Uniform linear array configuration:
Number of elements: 12
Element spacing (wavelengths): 0.5
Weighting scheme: blackman
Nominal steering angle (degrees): -60
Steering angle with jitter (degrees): -60.377
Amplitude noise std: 0.05
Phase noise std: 0.05

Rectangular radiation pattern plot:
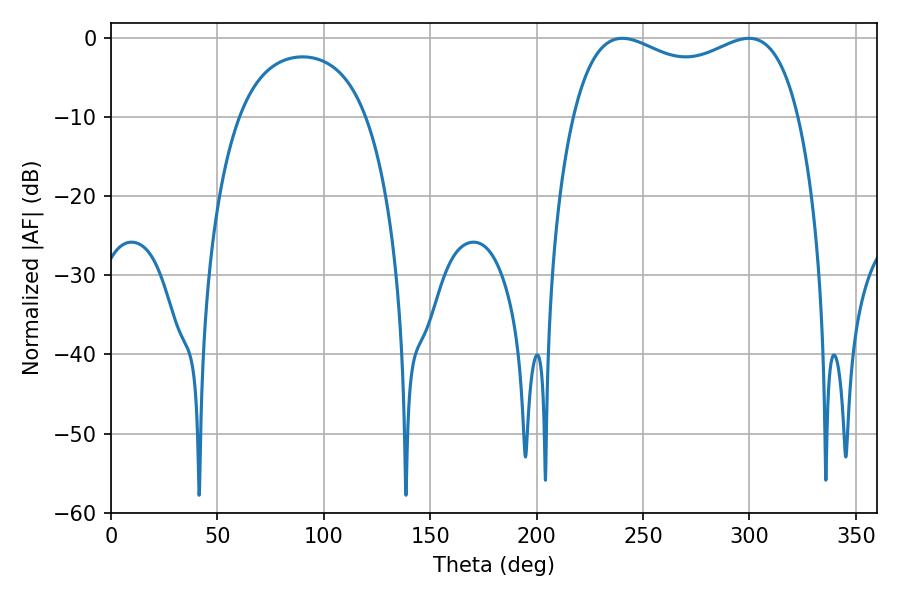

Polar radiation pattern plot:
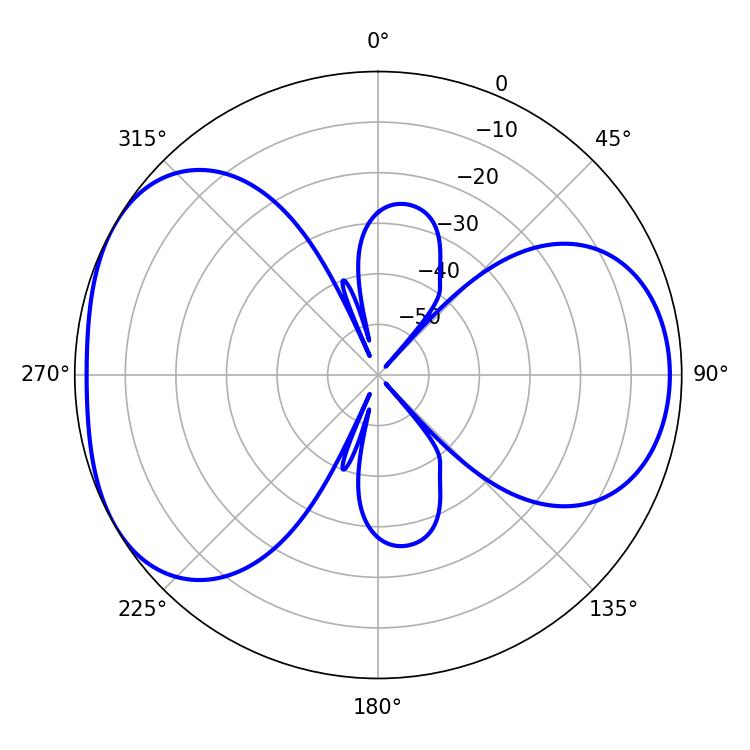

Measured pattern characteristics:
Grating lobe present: FALSE
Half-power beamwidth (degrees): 87.84
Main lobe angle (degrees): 240.3